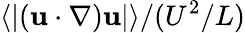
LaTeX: \left\langle\lvert({\mathbf u\cdot\nabla}){\mathbf u}\rvert\right\rangle/(U^{2}/L)